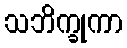
သဘိက္ခုကာ